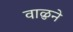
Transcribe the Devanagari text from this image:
वाळुने